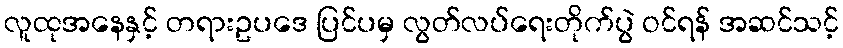
လူထုအနေနှင့် တရားဥပဒေ ပြင်ပမှ လွတ်လပ်ရေးတိုက်ပွဲ ဝင်ရန် အဆင်သင့်